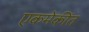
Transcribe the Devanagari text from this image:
एकमेकींत